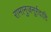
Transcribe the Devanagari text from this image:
रामानुजनूर्रदादि